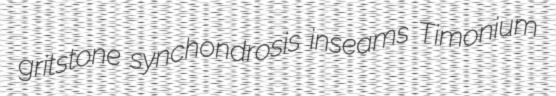
gritstone synchondrosis inseams Timonium